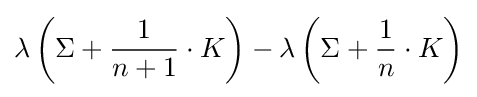
\lambda \left(\Sigma +{\frac {1}{n+1}}\cdot K\right)-\lambda \left(\Sigma +{\frac {1}{n}}\cdot K\right)